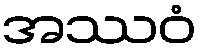
အဿဝံ